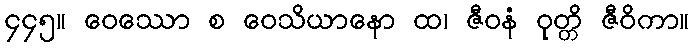
၄၄၅။ ဝေဿော စ ဝေသိယာနော ထ၊ ဇီဝနံ ဝုတ္တိ ဇီဝိကာ။